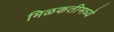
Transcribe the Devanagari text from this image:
मिळकतीमध्ये